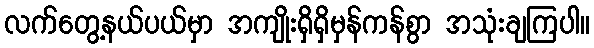
လက်တွေ့နယ်ပယ်မှာ အကျိုးရှိရှိမှန်ကန်စွာ အသုံးချကြပါ။